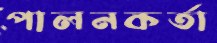
পালনকর্তা